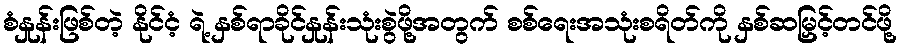
စံနှုန်းဖြစ်တဲ့ နိုင်ငံ့ ရဲ့ နှစ်ရာခိုင်နှုန်းသုံးစွဲဖို့အတွက် စစ်ရေးအသုံးစရိတ်ကို နှစ်ဆမြှင့်တင်ဖို့